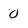
Character: 0